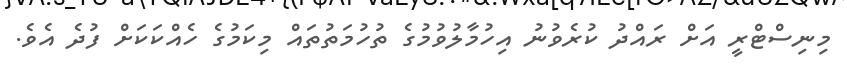
މިނިސްޓްރީ އަށް ރައްދު ކުރެވުނު އިހުމާލުވުމުގެ ތުހުމަތުތައް މިކަމުގެ ހެއްކަކަށް ފުދެ އެވެ.